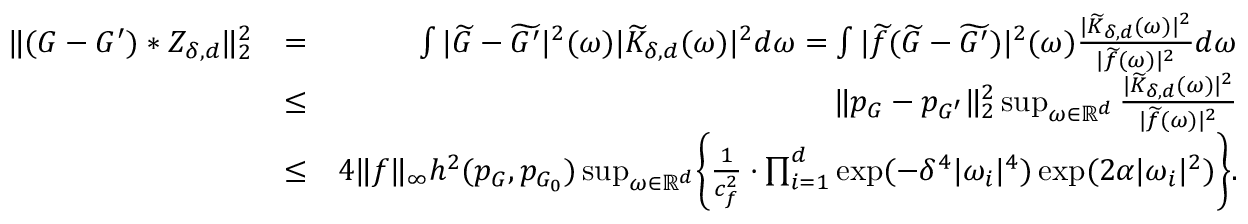
\begin{array} { r l r } { \| ( G - G ^ { \prime } ) * Z _ { \delta , d } \| _ { 2 } ^ { 2 } } & { = } & { \int | \widetilde { G } - \widetilde { G ^ { \prime } } | ^ { 2 } ( \omega ) | \widetilde { K } _ { \delta , d } ( \omega ) | ^ { 2 } d \omega = \int | \widetilde { f } ( \widetilde { G } - \widetilde { G ^ { \prime } } ) | ^ { 2 } ( \omega ) \frac { | \widetilde { K } _ { \delta , d } ( \omega ) | ^ { 2 } } { | \widetilde { f } ( \omega ) | ^ { 2 } } d \omega } \\ & { \leq } & { \| p _ { G } - p _ { G ^ { \prime } } \| _ { 2 } ^ { 2 } \operatorname* { s u p } _ { \omega \in \mathbb { R } ^ { d } } \frac { | \widetilde { K } _ { \delta , d } ( \omega ) | ^ { 2 } } { | \widetilde { f } ( \omega ) | ^ { 2 } } } \\ & { \leq } & { 4 \| f \| _ { \infty } h ^ { 2 } ( p _ { G } , p _ { G _ { 0 } } ) \operatorname* { s u p } _ { \omega \in \mathbb { R } ^ { d } } \biggr \{ \frac { 1 } { c _ { f } ^ { 2 } } \cdot \prod _ { i = 1 } ^ { d } \exp ( - \delta ^ { 4 } | \omega _ { i } | ^ { 4 } ) \exp ( 2 \alpha | \omega _ { i } | ^ { 2 } ) \biggr \} . } \end{array}